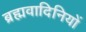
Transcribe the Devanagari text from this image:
ब्रह्मवादिनियों